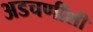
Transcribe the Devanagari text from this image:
अडचणींशी